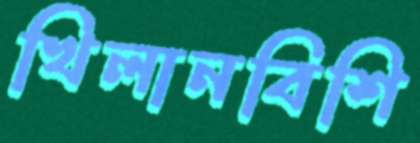
খিলানবিশি